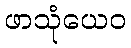
ဖာသုံယေဝ